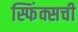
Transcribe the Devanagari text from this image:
स्फिंक्सची